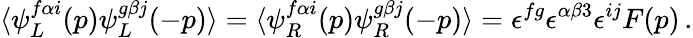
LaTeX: \langle\psi_{L}^{f\alpha i}(p)\psi_{L}^{g\beta j}(-p)\rangle=\langle\psi_{R}^{f\alpha i}(p)\psi_{R}^{g\beta j}(-p)\rangle=\epsilon^{fg}\epsilon^{\alpha\beta 3}\epsilon^{ij}F(p)\, .